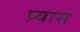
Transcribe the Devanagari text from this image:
प्र्यास